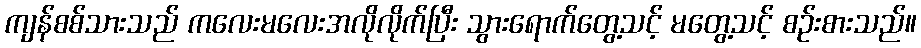
ကျန်စစ်သားသည် ကလေးမလေးအလိုလိုက်ပြီး သွားရောက်တွေ့သင့် မတွေ့သင့် စဉ်းစားသည်။